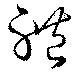
体